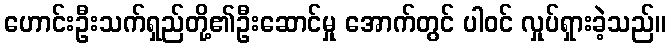
ဟောင်းဦးသက်ရှည်တို့၏ဦးဆောင်မှု အောက်တွင် ပါဝင် လှုပ်ရှားခဲ့သည်။